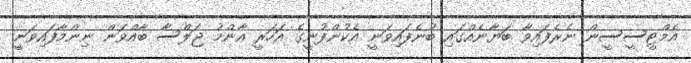
އެމްޓީސީސީން ނެރެފައިވާ ބަޔާނެއްގައި ބުނެފައިވަނީ އެކުންފުނީގެ އަހަރީ އާންމު ޖަލްސާ ބާއްވަން ނިންމާފައިވަނީ